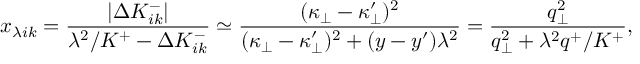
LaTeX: x _ { \lambda i k } = { \frac { | \Delta K _ { i k } ^ { - } | } { \lambda ^ { 2 } / K ^ { + } - \Delta K _ { i k } ^ { - } } } \simeq { \frac { ( \kappa _ { \bot } - \kappa _ { \bot } ^ { \prime } ) ^ { 2 } } { ( \kappa _ { \bot } - \kappa _ { \bot } ^ { \prime } ) ^ { 2 } + ( y - y ^ { \prime } ) \lambda ^ { 2 } } } = { \frac { q _ { \bot } ^ { 2 } } { q _ { \bot } ^ { 2 } + \lambda ^ { 2 } q ^ { + } / K ^ { + } } } ,